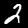
Digit: 2